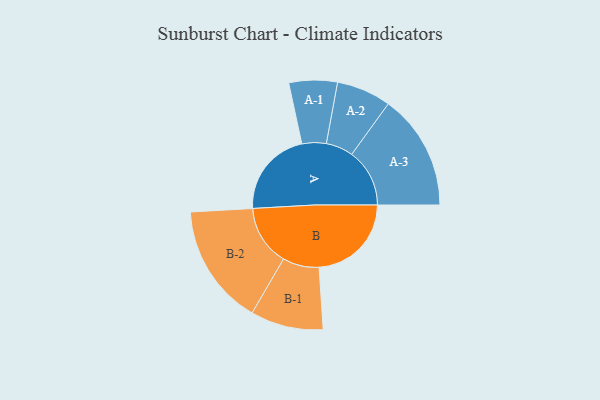
{"axis": {"x": "Segment", "y": "Value"}, "legend": ["", "A", "B"], "data": [{"x": "A", "y": 391, "type": ""}, {"x": "B", "y": 416, "type": ""}, {"x": "A-1", "y": 109, "type": "A"}, {"x": "A-2", "y": 123, "type": "A"}, {"x": "A-3", "y": 261, "type": "A"}, {"x": "B-1", "y": 164, "type": "B"}, {"x": "B-2", "y": 273, "type": "B"}]}